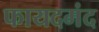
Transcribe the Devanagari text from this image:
फायदमंद